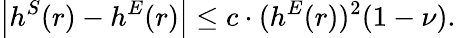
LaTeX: \left|h^{S}(r)-h^{E}(r)\right|\leq c\cdot(h^{E}(r))^{2}(1-\nu).